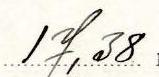
17,38